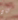
كان